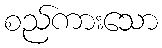
စည်ကားသော